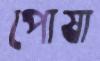
পোষা